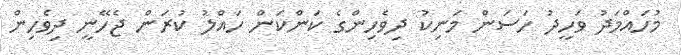
މުހައްމަދު ވަހީދު ހަސަން މަނިކު ދިވެހިންގެ ކަންކަން ހައްލު ކުރަން ޖެހޭނީ ދިވެހިން